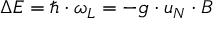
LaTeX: \Delta E = \hbar \cdot \omega _ { L } = - g \cdot u _ { N } \cdot B